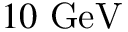
1 0 \mathrm { \ G e V }